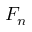
F _ { n }